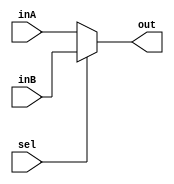
module mux_2to1_32bit(out, inA, inB, sel);

    output  [31:0] out;
    
    input   [31:0] inA;
    input   [31:0] inB;
    input          sel;
	reg [31:0]out;

	always@(inA,inB,sel)
	begin
		out <= (sel == 0)? inA : inB;
	end

endmodule